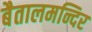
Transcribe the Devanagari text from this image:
बैतालमन्दिर